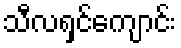
သီလရှင်ကျောင်း